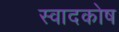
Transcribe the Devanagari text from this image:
स्वादकोष